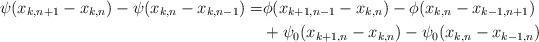
LaTeX: \begin{align*}\psi(x_{k,n+1}-x_{k,n})-\psi(x_{k,n}-{x}_{k,n-1})= & \phi({x}_{k+1,n-1}-x_{k,n})-\phi(x_{k,n}-x_{k-1,n+1})\\ &+\psi_0(x_{k+1,n}-x_{k,n})-\psi_0(x_{k,n}-x_{k-1,n})\end{align*}